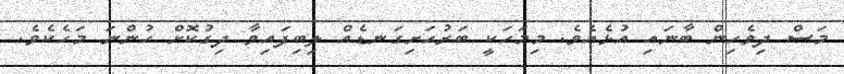
މަސް ދިވެހިން ބާނައި އުޅެއެވެ. މިމަހަކީ ބަރުހަށިގަނޑެއް ލިބިފައިވާ ދިގުކޮށް ހުންނަ މަހެކެވެ.